Lunatic asylums Central Provinces reports 1895-1909 - 1895-1909
Year: 1895
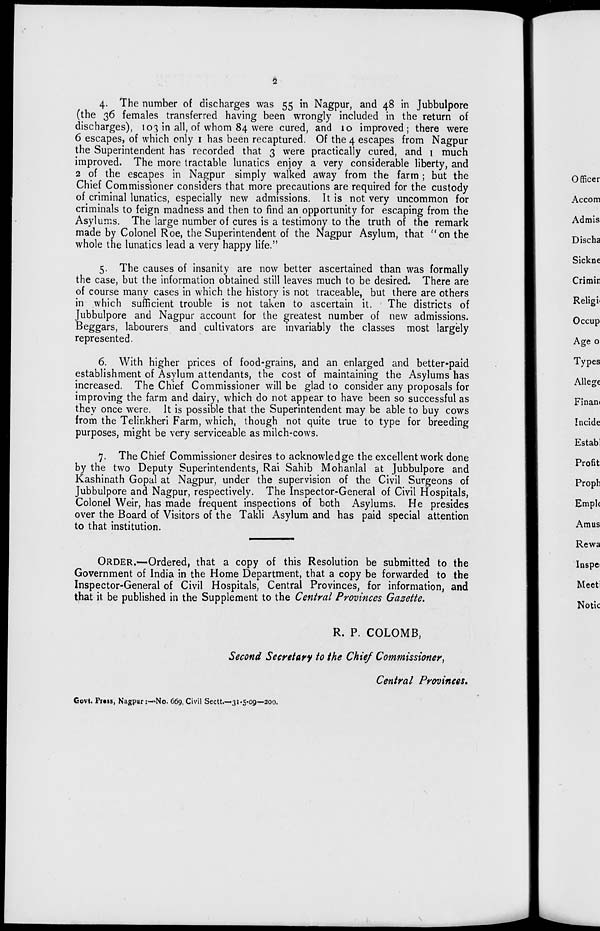
2
4. The number of discharges was 55 in Nagpur, and 48 in Jubbulpore
(the 36 females transferred having been wrongly included in the return of
discharges), 103 in all, of whom 84 were cured, and 10 improved; there were
6 escapes, of which only 1 has been recaptured. Of the 4 escapes from Nagpur
the Superintendent has recorded that 3 were practically cured, and 1 much
improved. The more tractable lunatics enjoy a very considerable liberty, and
2 of the escapes in Nagpur simply walked away from the farm ; but the
Chief Commissioner considers that more precautions are required for the custody
of criminal lunatics, especially new admissions. It is not very uncommon for
criminals to feign madness and then to find an opportunity for escaping from the
Asylums. The large number of cures is a testimony to the truth of the remark
made by Colonel Roe, the Superintendent of the Nagpur Asylum, that "on the
whole the lunatics lead a very happy life."
5. The causes of insanity are now better ascertained than was formally
the case, but the information obtained still leaves much to be desired. There are
of course many cases in which the history is not traceable, but there are others
in which sufficient trouble is not taken to ascertain it. The districts of
Jubbulpore and Nagpur account for the greatest number of new admissions.
Beggars, labourers and cultivators are invariably the classes most largely
represented.
6. With higher prices of food-grains, and an enlarged and better-paid
establishment of Asylum attendants, the cost of maintaining the Asylums has
increased. The Chief Commissioner will be glad to consider any proposals for
improving the farm and dairy, which do not appear to have been so successful as
they once were. It is possible that the Superintendent may be able to buy cows
from the Telinkheri Farm, which, though not quite true to type for breeding
purposes, might be very serviceable as milch-cows.
7. The Chief Commissioner desires to acknowledge the excellent work done
by the two Deputy Superintendents, Rai Sahib Mohanlal at Jubbulpore and
Kashinath Gopal at Nagpur, under the supervision of the Civil Surgeons of
Jubbulpore and Nagpur, respectively. The Inspector-General of Civil Hospitals,
Colonel Weir, has made frequent inspections of both Asylums. He presides
over the Board of Visitors of the Takli Asylum and has paid special attention
to that institution.
ORDER.—Ordered, that a copy of this Resolution be submitted to the
Government of India in the Home Department, that a copy be forwarded to the
Inspector-General of Civil Hospitals, Central Provinces, for information, and
that it be published in the Supplement to the Central Provinces Gazette.
R. P. COLOMB,
Second Secretary to the Chief Commissioner,
Central Provinces.
Govt. Press, Nagpur :—No. 669, Civil Sectt.—31-5-09—200.